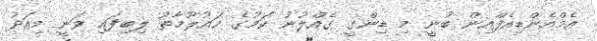
އެމްއެންޑިއެފްއިން ބުނީ މި ޑިންގީ ގެއްލުނު ކަމުގެ މައުލޫމާތު ލިބިފައި ވަނީ މިއަދު